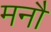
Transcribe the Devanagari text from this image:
मनौ